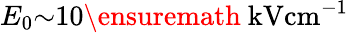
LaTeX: E_{0}{\sim}10\ensuremath{~\mathrm{kV}\mathrm{cm}^{-1}}